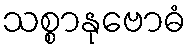
သစ္စာနုဗောဓံ